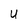
Character: U